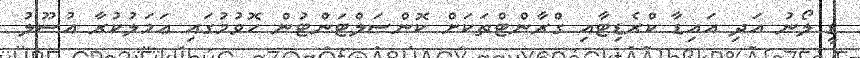
ޑީ ލޯނު އަދި އައިޑާ ކްރެޑިޓާއި ގްރާންޓްތަކަށް ކޮންސަލްޓަންޓުން ހޮވުމުގައި ޢަމަލުކުރާ އުސޫލު